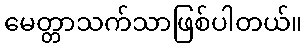
မေတ္တာသက်သာဖြစ်ပါတယ်။